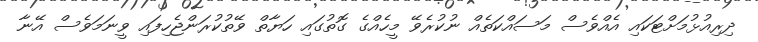
ދިރިއުޅުމަށްޓަކައި އެއްވެސް މަސައްކަތެއް ނުކުރެވޭ މީހެއްގެ ގޮތުގައި ހަޔާތް ވޭތުކުރަންޖެހިފައި ވީނަމަވެސް އޭނާ